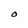
Character: O